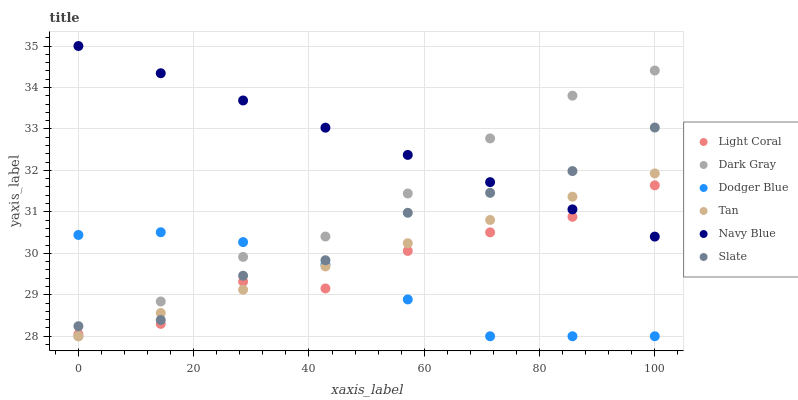
| xaxis_label | Light Coral | Dark Gray | Dodger Blue | Tan | Navy Blue | Slate |
 | --- | --- | --- | --- | --- | --- | --- |
 | 0 | 28.1 | 28 | 30.4 | 28 | 35 | 28.2 |
 | 14.3 | 28.3 | 28.8 | 30.5 | 28.6 | 34.3 | 28.4 |
 | 28.6 | 29.3 | 29.9 | 30.3 | 29.1 | 33.7 | 29.5 |
 | 42.9 | 29.2 | 30.4 | 29.7 | 29.7 | 33 | 29.8 |
 | 57.1 | 30.1 | 31.4 | 28.9 | 30.2 | 32.4 | 31 |
 | 71.4 | 30.5 | 32.8 | 28 | 30.8 | 31.7 | 31.5 |
 | 85.7 | 30.9 | 33.8 | 28 | 31.4 | 31.1 | 32 |
 | 100 | 31.6 | 34.4 | 28 | 31.9 | 30.4 | 33 |